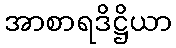
အာစာရဒိဋ္ဌိယာ